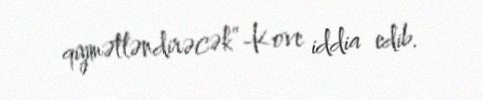
qiymətləndirəcək”-Kove iddia edib.